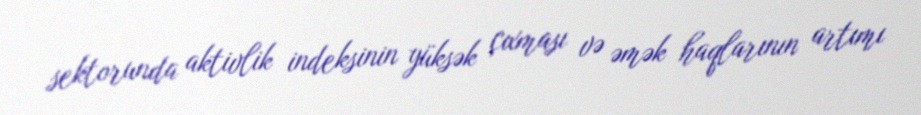
sektorunda aktivlik indeksinin yüksək çıxması və əmək haqlarının artımı